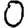
Digit: 0